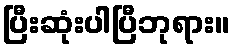
ပြီးဆုံးပါပြီဘုရား။